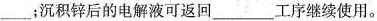
___；沉积锌后的电解液可返回___工序继续使用。